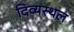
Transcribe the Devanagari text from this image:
दिव्यस्थल